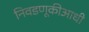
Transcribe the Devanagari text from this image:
निवडणूकीआधी